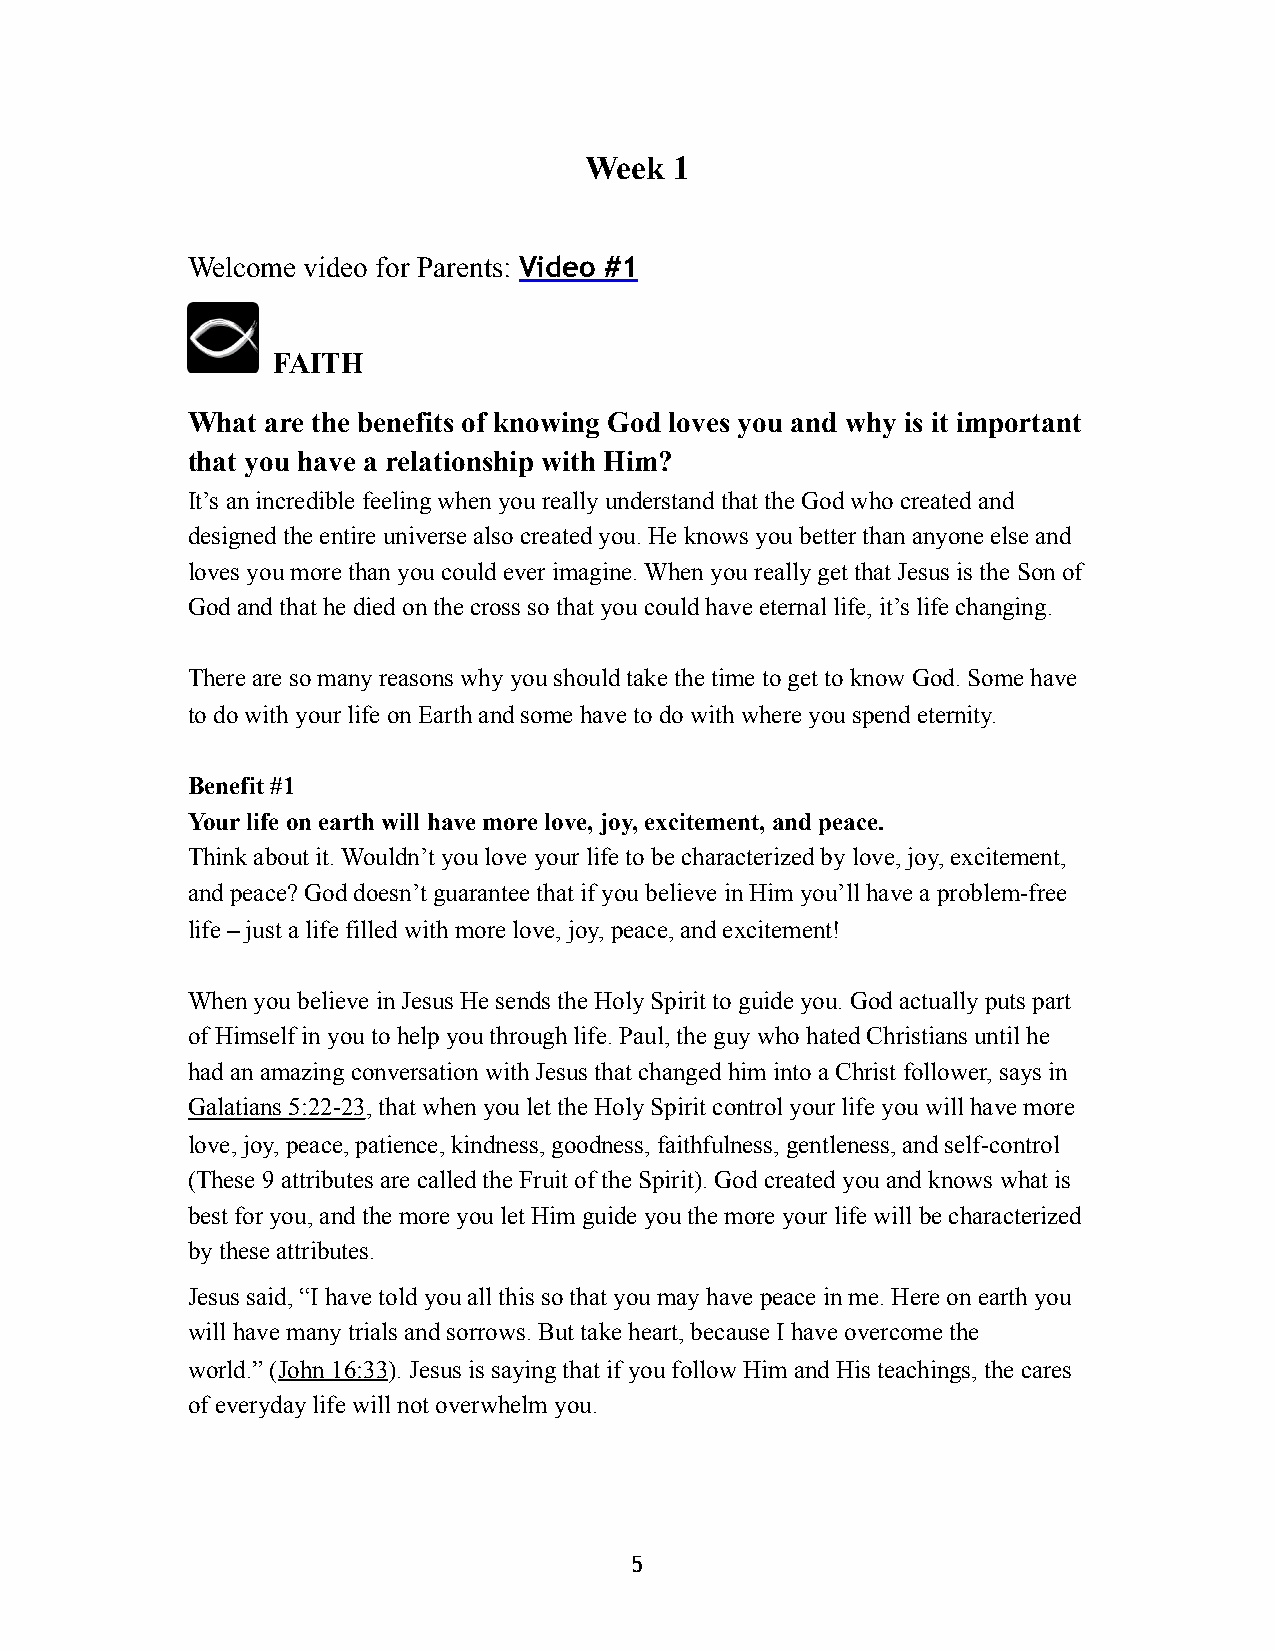
Week  1
 Welcome video for Parents: Video #1
 FAITH
 What  are the benefits of knowing God loves you and why is it important
 that you have a relationship with Him?
 It’s an incredible feeling when you really understand that the God who created and
 designed the entire universe also created you. He knows you better than anyone else and
 loves you more than you could ever imagine. When you really get that Jesus is the Son of
 God and that he died on the cross so that you could have eternal life, it’s life changing.
 There are so many reasons why you should take the time to get to know God. Some have
 to do with your life on Earth and some have to do with where you spend eternity.
 Benefit #1
 Your life on earth will have more love, joy, excitement, and peace.
 Think about it. Wouldn’t you love your life to be characterized by love, joy, excitement,
 and peace? God doesn’t guarantee that if you believe in Him you’ll have a problem-free
 life – just a life filled with more love, joy, peace, and excitement!
 When you believe in Jesus He sends the Holy Spirit to guide you. God actually puts part
 of Himself in you to help you through life. Paul, the guy who hated Christians until he
 had an amazing conversation with Jesus that changed him into a Christ follower, says in
 Galatians 5:22-23, that when you let the Holy Spirit control your life you will have more
 love, joy, peace, patience, kindness, goodness, faithfulness, gentleness, and self-control
 (These 9 attributes are called the Fruit of the Spirit). God created you and knows what is
 best for you, and the more you let Him guide you the more your life will be characterized
 by these attributes.
 Jesus said, “I have told you all this so that you may have peace in me. Here on earth you
 will have many trials and sorrows. But take heart, because I have overcome the
 world.” (John 16:33). Jesus is saying that if you follow Him and His teachings, the cares
 of everyday life will not overwhelm you.
 5